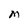
Character: M